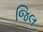
જિલ